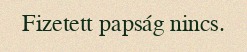
Fizetett papság nincs.